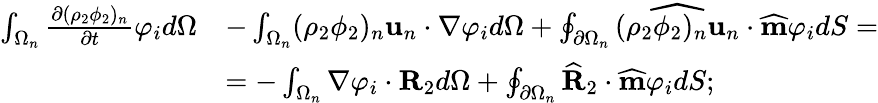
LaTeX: \begin{array}{rl}{\int_{\Omega_{n}}\frac{\partial(\rho_{2}\phi_{2})_{n}}{\partial t}\varphi_{i}d\Omega}&{-\int_{\Omega_{n}}(\rho_{2}\phi_{2})_{n}\textbf{u}_{n}\cdot\nabla\varphi_{i}d\Omega+\oint_{\partial\Omega_{n}}\widehat{(\rho_{2}\phi_{2})_{n}\textbf{u}_{n}}\cdot\widehat{\textbf{m}}\varphi_{i}dS=}\\ &{=-\int_{\Omega_{n}}\nabla\varphi_{i}\cdot\textbf{R}_{2}d\Omega+\oint_{\partial\Omega_{n}}\widehat{\textbf{R}}_{2}\cdot\widehat{\textbf{m}}\varphi_{i}dS;}\end{array}